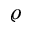
\varrho